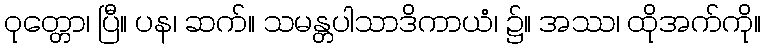
ဝုတ္တော၊ ပြီ။ ပန၊ ဆက်။ သမန္တပါသာဒိကာယံ၊ ၌။ အဿ၊ ထိုအက်ကို။